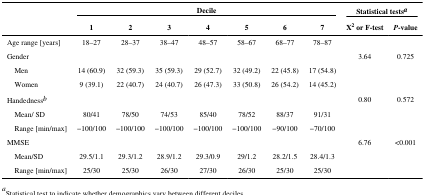
|  | <COLSPAN=7> Decile | <COLSPAN=2> Statistical testsa |
 |  | 1 | 2 | 3 | 4 | 5 | 6 | 7 | X2 or F-test | P-value |
 | --- | --- | --- | --- | --- | --- | --- | --- | --- | --- |
 | Age range [years] | 18–27 | 28–37 | 38–47 | 48–57 | 58–67 | 68–77 | 78–87 |  |  |
 | Gender |  |  |  |  |  |  |  | 3.64 | 0.725 |
 | Men | 14 (60.9) | 32 (59.3) | 35 (59.3) | 29 (52.7) | 32 (49.2) | 22 (45.8) | 17 (54.8) |  |  |
 | Women | 9 (39.1) | 22 (40.7) | 24 (40.7) | 26 (47.3) | 33 (50.8) | 26 (54.2) | 14 (45.2) |  |  |
 | Handednessb |  |  |  |  |  |  |  | 0.80 | 0.572 |
 | Mean/ SD | 80/41 | 78/50 | 74/53 | 85/40 | 78/52 | 88/37 | 91/31 |  |  |
 | Range [min/max] | −100/100 | −100/100 | −100/100 | −100/100 | −100/100 | −90/100 | −70/100 |  |  |
 | MMSE |  |  |  |  |  |  |  | 6.76 | <0.001 |
 | Mean/SD | 29.5/1.1 | 29.3/1.2 | 28.9/1.2 | 29.3/0.9 | 29/1.2 | 28.2/1.5 | 28.4/1.3 |  |  |
 | Range [min/max] | 25/30 | 25/30 | 26/30 | 27/30 | 26/30 | 25/30 | 25/30 |  |  |